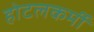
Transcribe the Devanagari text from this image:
होटलकर्मी